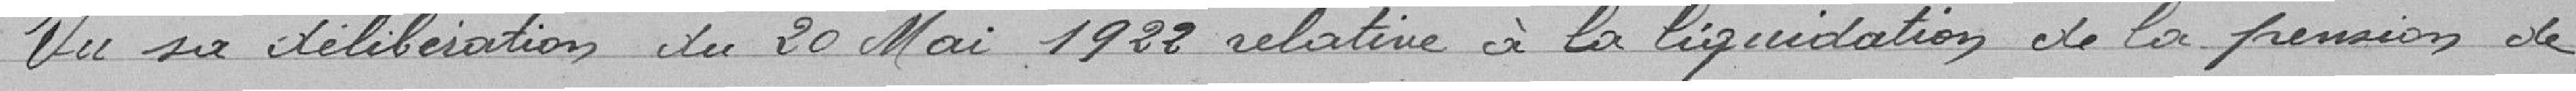
Vu sa délibération du 20 Mai 1922 relative à la liquidation de la pension de